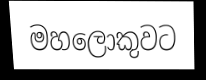
මහලොකුවට